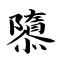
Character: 隳